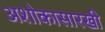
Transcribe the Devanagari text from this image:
अशोकासारखी